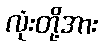
လုံးတို့အား